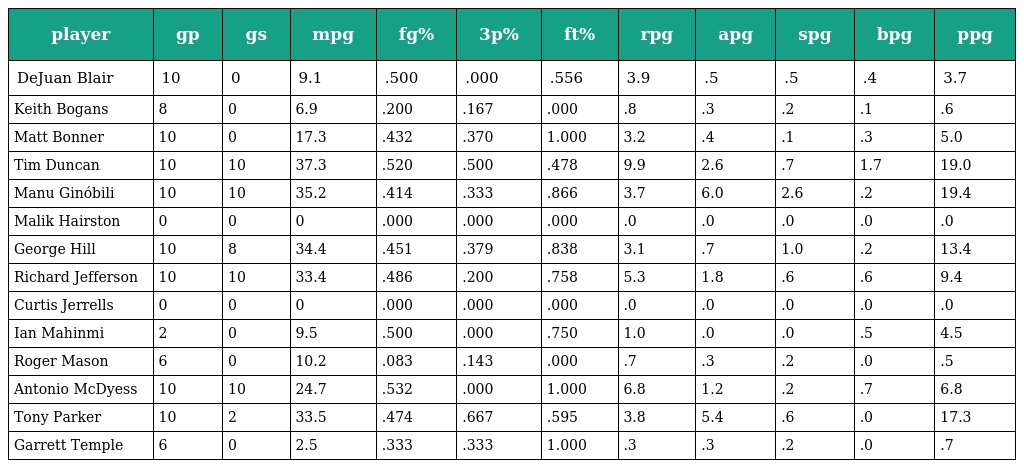
| player | gp | gs | mpg | fg% | 3p% | ft% | rpg | apg | spg | bpg | ppg |
 | --- | --- | --- | --- | --- | --- | --- | --- | --- | --- | --- | --- |
 | DeJuan Blair | 10 | 0 | 9.1 | .500 | .000 | .556 | 3.9 | .5 | .5 | .4 | 3.7 |
 | Keith Bogans | 8 | 0 | 6.9 | .200 | .167 | .000 | .8 | .3 | .2 | .1 | .6 |
 | Matt Bonner | 10 | 0 | 17.3 | .432 | .370 | 1.000 | 3.2 | .4 | .1 | .3 | 5.0 |
 | Tim Duncan | 10 | 10 | 37.3 | .520 | .500 | .478 | 9.9 | 2.6 | .7 | 1.7 | 19.0 |
 | Manu Ginóbili | 10 | 10 | 35.2 | .414 | .333 | .866 | 3.7 | 6.0 | 2.6 | .2 | 19.4 |
 | Malik Hairston | 0 | 0 | 0 | .000 | .000 | .000 | .0 | .0 | .0 | .0 | .0 |
 | George Hill | 10 | 8 | 34.4 | .451 | .379 | .838 | 3.1 | .7 | 1.0 | .2 | 13.4 |
 | Richard Jefferson | 10 | 10 | 33.4 | .486 | .200 | .758 | 5.3 | 1.8 | .6 | .6 | 9.4 |
 | Curtis Jerrells | 0 | 0 | 0 | .000 | .000 | .000 | .0 | .0 | .0 | .0 | .0 |
 | Ian Mahinmi | 2 | 0 | 9.5 | .500 | .000 | .750 | 1.0 | .0 | .0 | .5 | 4.5 |
 | Roger Mason | 6 | 0 | 10.2 | .083 | .143 | .000 | .7 | .3 | .2 | .0 | .5 |
 | Antonio McDyess | 10 | 10 | 24.7 | .532 | .000 | 1.000 | 6.8 | 1.2 | .2 | .7 | 6.8 |
 | Tony Parker | 10 | 2 | 33.5 | .474 | .667 | .595 | 3.8 | 5.4 | .6 | .0 | 17.3 |
 | Garrett Temple | 6 | 0 | 2.5 | .333 | .333 | 1.000 | .3 | .3 | .2 | .0 | .7 |